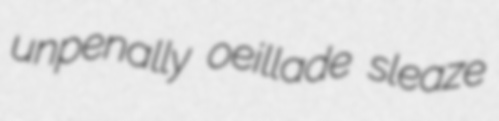
unpenally oeillade sleaze